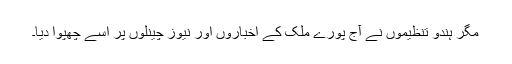
مگر ہندو تنظیموں نے آج پورے ملک کے اخباروں اور نیوز چینلوں پر اسے چھپوا دیا۔